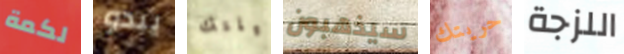
لكمة يبدو ليلتك سيذهبون حريتك اللزجة